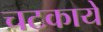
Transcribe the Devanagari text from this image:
चटकाये